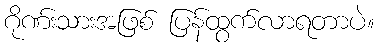
ဂိုဏ်းသားအဖြစ် ပြန်ထွက်လာရတာပဲ။